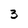
Character: 3